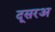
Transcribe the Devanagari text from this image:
दूसरअ